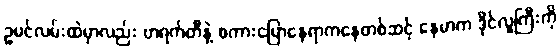
ဥမင်လမ်းထဲမှာလည်း ဗာရက်တီနဲ့ စကားပြောနေရာကနေတစ်ဆင့် နေမာက ဒိုင်လူကြီးကို